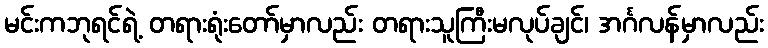
မင်းကဘုရင်ရဲ့ တရားရုံးတော်မှာလည်း တရားသူကြီးမလုပ်ချင်၊ အင်္ဂလန်မှာလည်း